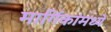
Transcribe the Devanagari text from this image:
मार्गिकांमध्ये